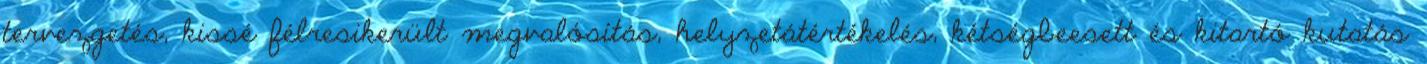
tervezgetés, kissé félresikerült megvalósítás, helyzetátértékelés, kétségbeesett és kitartó kutatás